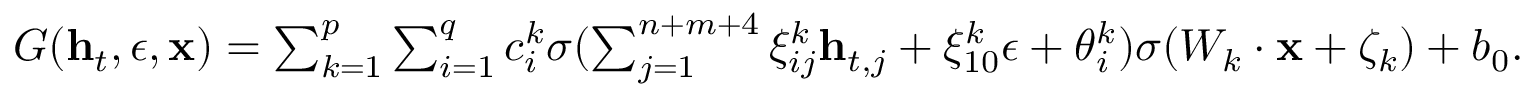
\begin{array} { r } { G ( \mathbf { h } _ { t } , \epsilon , \mathbf { x } ) = \sum _ { k = 1 } ^ { p } \sum _ { i = 1 } ^ { q } c _ { i } ^ { k } \sigma ( \sum _ { j = 1 } ^ { n + m + 4 } \xi _ { i j } ^ { k } \mathbf { h } _ { t , j } + \xi _ { 1 0 } ^ { k } \epsilon + \theta _ { i } ^ { k } ) \sigma ( W _ { k } \cdot \mathbf { x } + \zeta _ { k } ) + b _ { 0 } . } \end{array}